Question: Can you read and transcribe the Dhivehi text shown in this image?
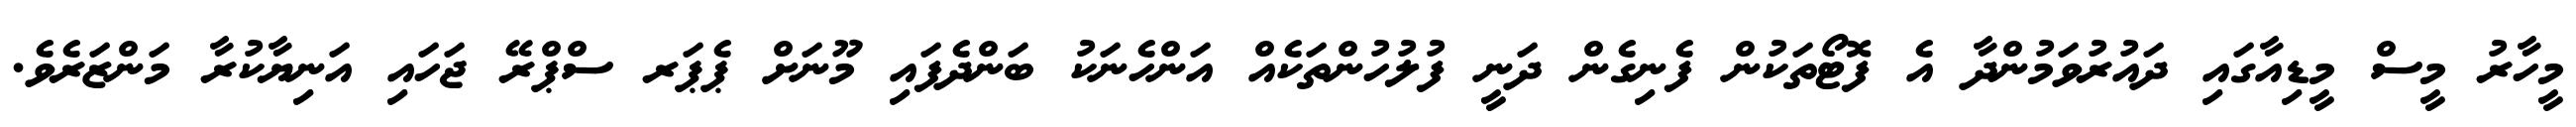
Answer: މީހާރު މީސް މީޑިއާގައި ދައުރުވަމުންދާ އެ ފޮޓޯތަކުން ފެނިގެން ދަނީ ފުލުހުންތަކެއް އަންހެނަކު ބަންދެފައި މޫނަށް ޕެޕަރ ސްޕްރޭ ޖަހައި އަނިޔާކުރާ މަންޒަރެވެ.